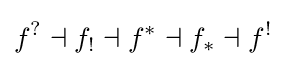
f^{?}\dashv f_{!}\dashv f^{*}\dashv f_{*}\dashv f^{!}